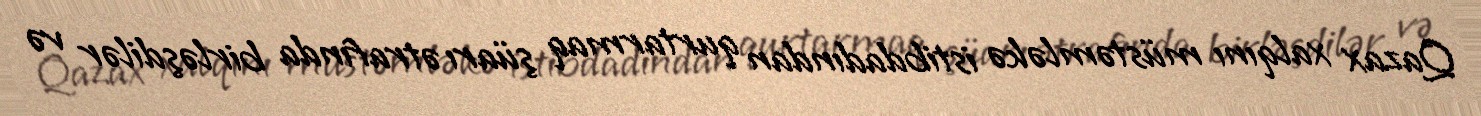
Qazax xalqını müstəmləkə istibdadından qurtarmaq şüarı ətrafında birləşdilər və